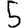
Digit: 5